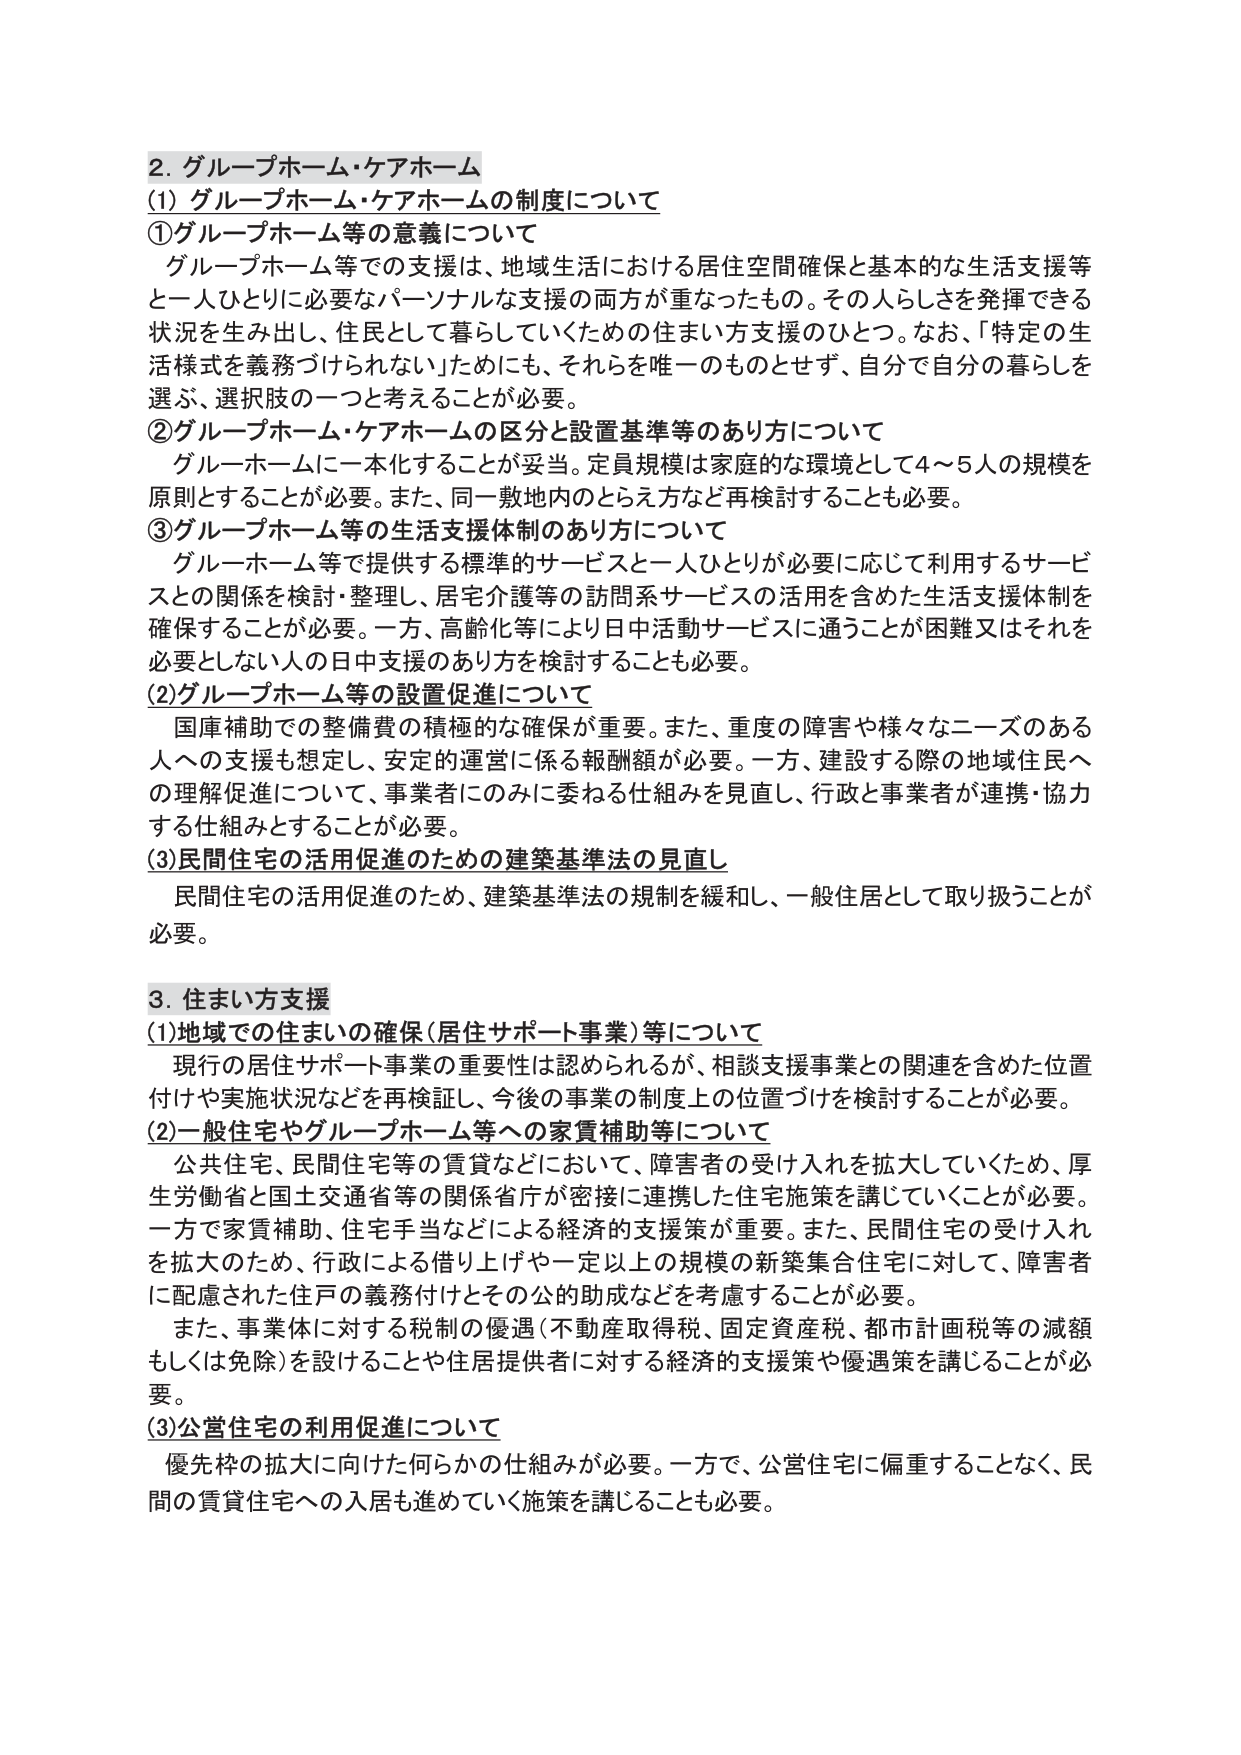
2. グループホーム・ケアホーム
(1) グループホーム・ケアホームの制度について
①グループホーム等の意義について
　グループホーム等での支援は、地域生活における居住空間確保と基本的な生活支援等と一人ひとりに必要なパーソナルな支援の両方が重なったもの。その人らしさを発揮できる状況を生み出し、住民として暮らしていくための住まい方支援のひとつ。なお、「特定の生活様式を義務づけられない」ためにも、それらを唯一のものとせず、自分で自分の暮らしを選ぶ、選択肢の一つと考えることが必要。
②グループホーム・ケアホームの区分と設置基準等のあり方について
　グループホームに一本化することが妥当。定員規模は家庭的な環境として4～5人の規模を原則とすることが必要。また、同一敷地内のとらえ方など再検討することも必要。
③グループホーム等の生活支援体制のあり方について
　グループホーム等で提供する標準的サービスと一人ひとりが必要に応じて利用するサービスとの関係を検討・整理し、居宅介護等の訪問系サービスの活用を含めた生活支援体制を確保することが必要。一方、高齢化等により日中活動サービスに通うことが困難又はそれを必要としない人の日中支援のあり方を検討することも必要。
(2)グループホーム等の設置促進について
　国庫補助での整備費の積極的な確保が重要。また、重度の障害や様々なニーズのある人への支援も想定し、安定的運営に係る報酬額が必要。一方、建設する際の地域住民への理解促進について、事業者にのみに委ねる仕組みを見直し、行政と事業者が連携・協力する仕組みとすることが必要。
(3)民間住宅の活用促進のための建築基準法の見直し
　民間住宅の活用促進のため、建築基準法の規制を緩和し、一般住居として取り扱うことが必要。

3. 住まい方支援
(1)地域での住まいの確保（居住サポート事業）等について
　現行の居住サポート事業の重要性は認められるが、相談支援事業との関連を含めた位置付けや実施状況などを再検証し、今後の事業の制度上の位置づけを検討することが必要。
(2)一般住宅やグループホーム等への家賃補助等について
　公共住宅、民間住宅等の賃貸などにおいて、障害者の受け入れを拡大していくため、厚生労働省と国土交通省等の関係省庁が密接に連携した住宅施策を講じていくことが必要。一方で家賃補助、住宅手当などによる経済的支援策が重要。また、民間住宅の受け入れを拡大のため、行政による借り上げや一定以上の規模の新築集合住宅に対して、障害者に配慮された住戸の義務付けとその公的助成などを考慮することが必要。
　また、事業体に対する税制の優遇（不動産取得税、固定資産税、都市計画税等の減額もしくは免除）を設けることや住居提供者に対する経済的支援策や優遇策を講じることが必要。
(3)公営住宅の利用促進について
　優先枠の拡大に向けた何らかの仕組みが必要。一方で、公営住宅に偏重することなく、民間の賃貸住宅への入居も進めていく施策を講じることも必要。